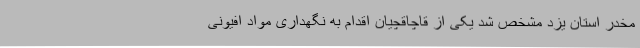
مخدر استان یزد مشخص شد یکی از قاچاقچیان اقدام به نگهداری مواد افیونی